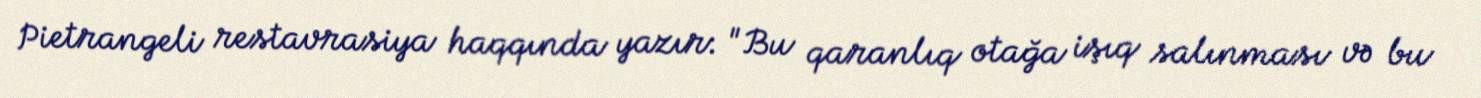
Pietrangeli restavrasiya haqqında yazır: "Bu qaranlıq otağa işıq salınması və bu